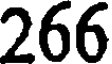
266